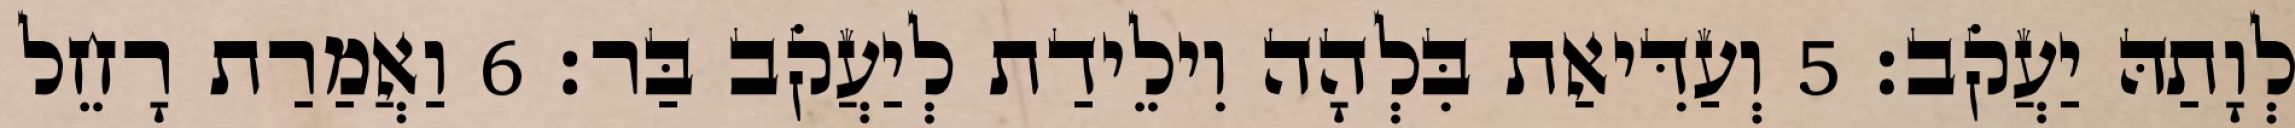
לְוָתַהּ יַעֲקֹב׃ 5 וְעַדִּיאַת בִּלְהָה וִילֵידַת לְיַעֲקֹב בַּר׃ 6 וַאֲמַרַת רָחֵל